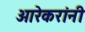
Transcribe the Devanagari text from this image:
आरेकरांनी